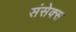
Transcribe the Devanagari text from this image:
संसेक्स